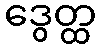
ဒွေတ္ထ